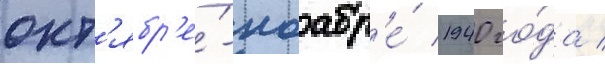
окт'ябр'е́-ноабр'е́ 1940 го́да /